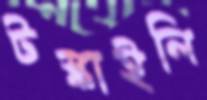
টস্‌কাইলি